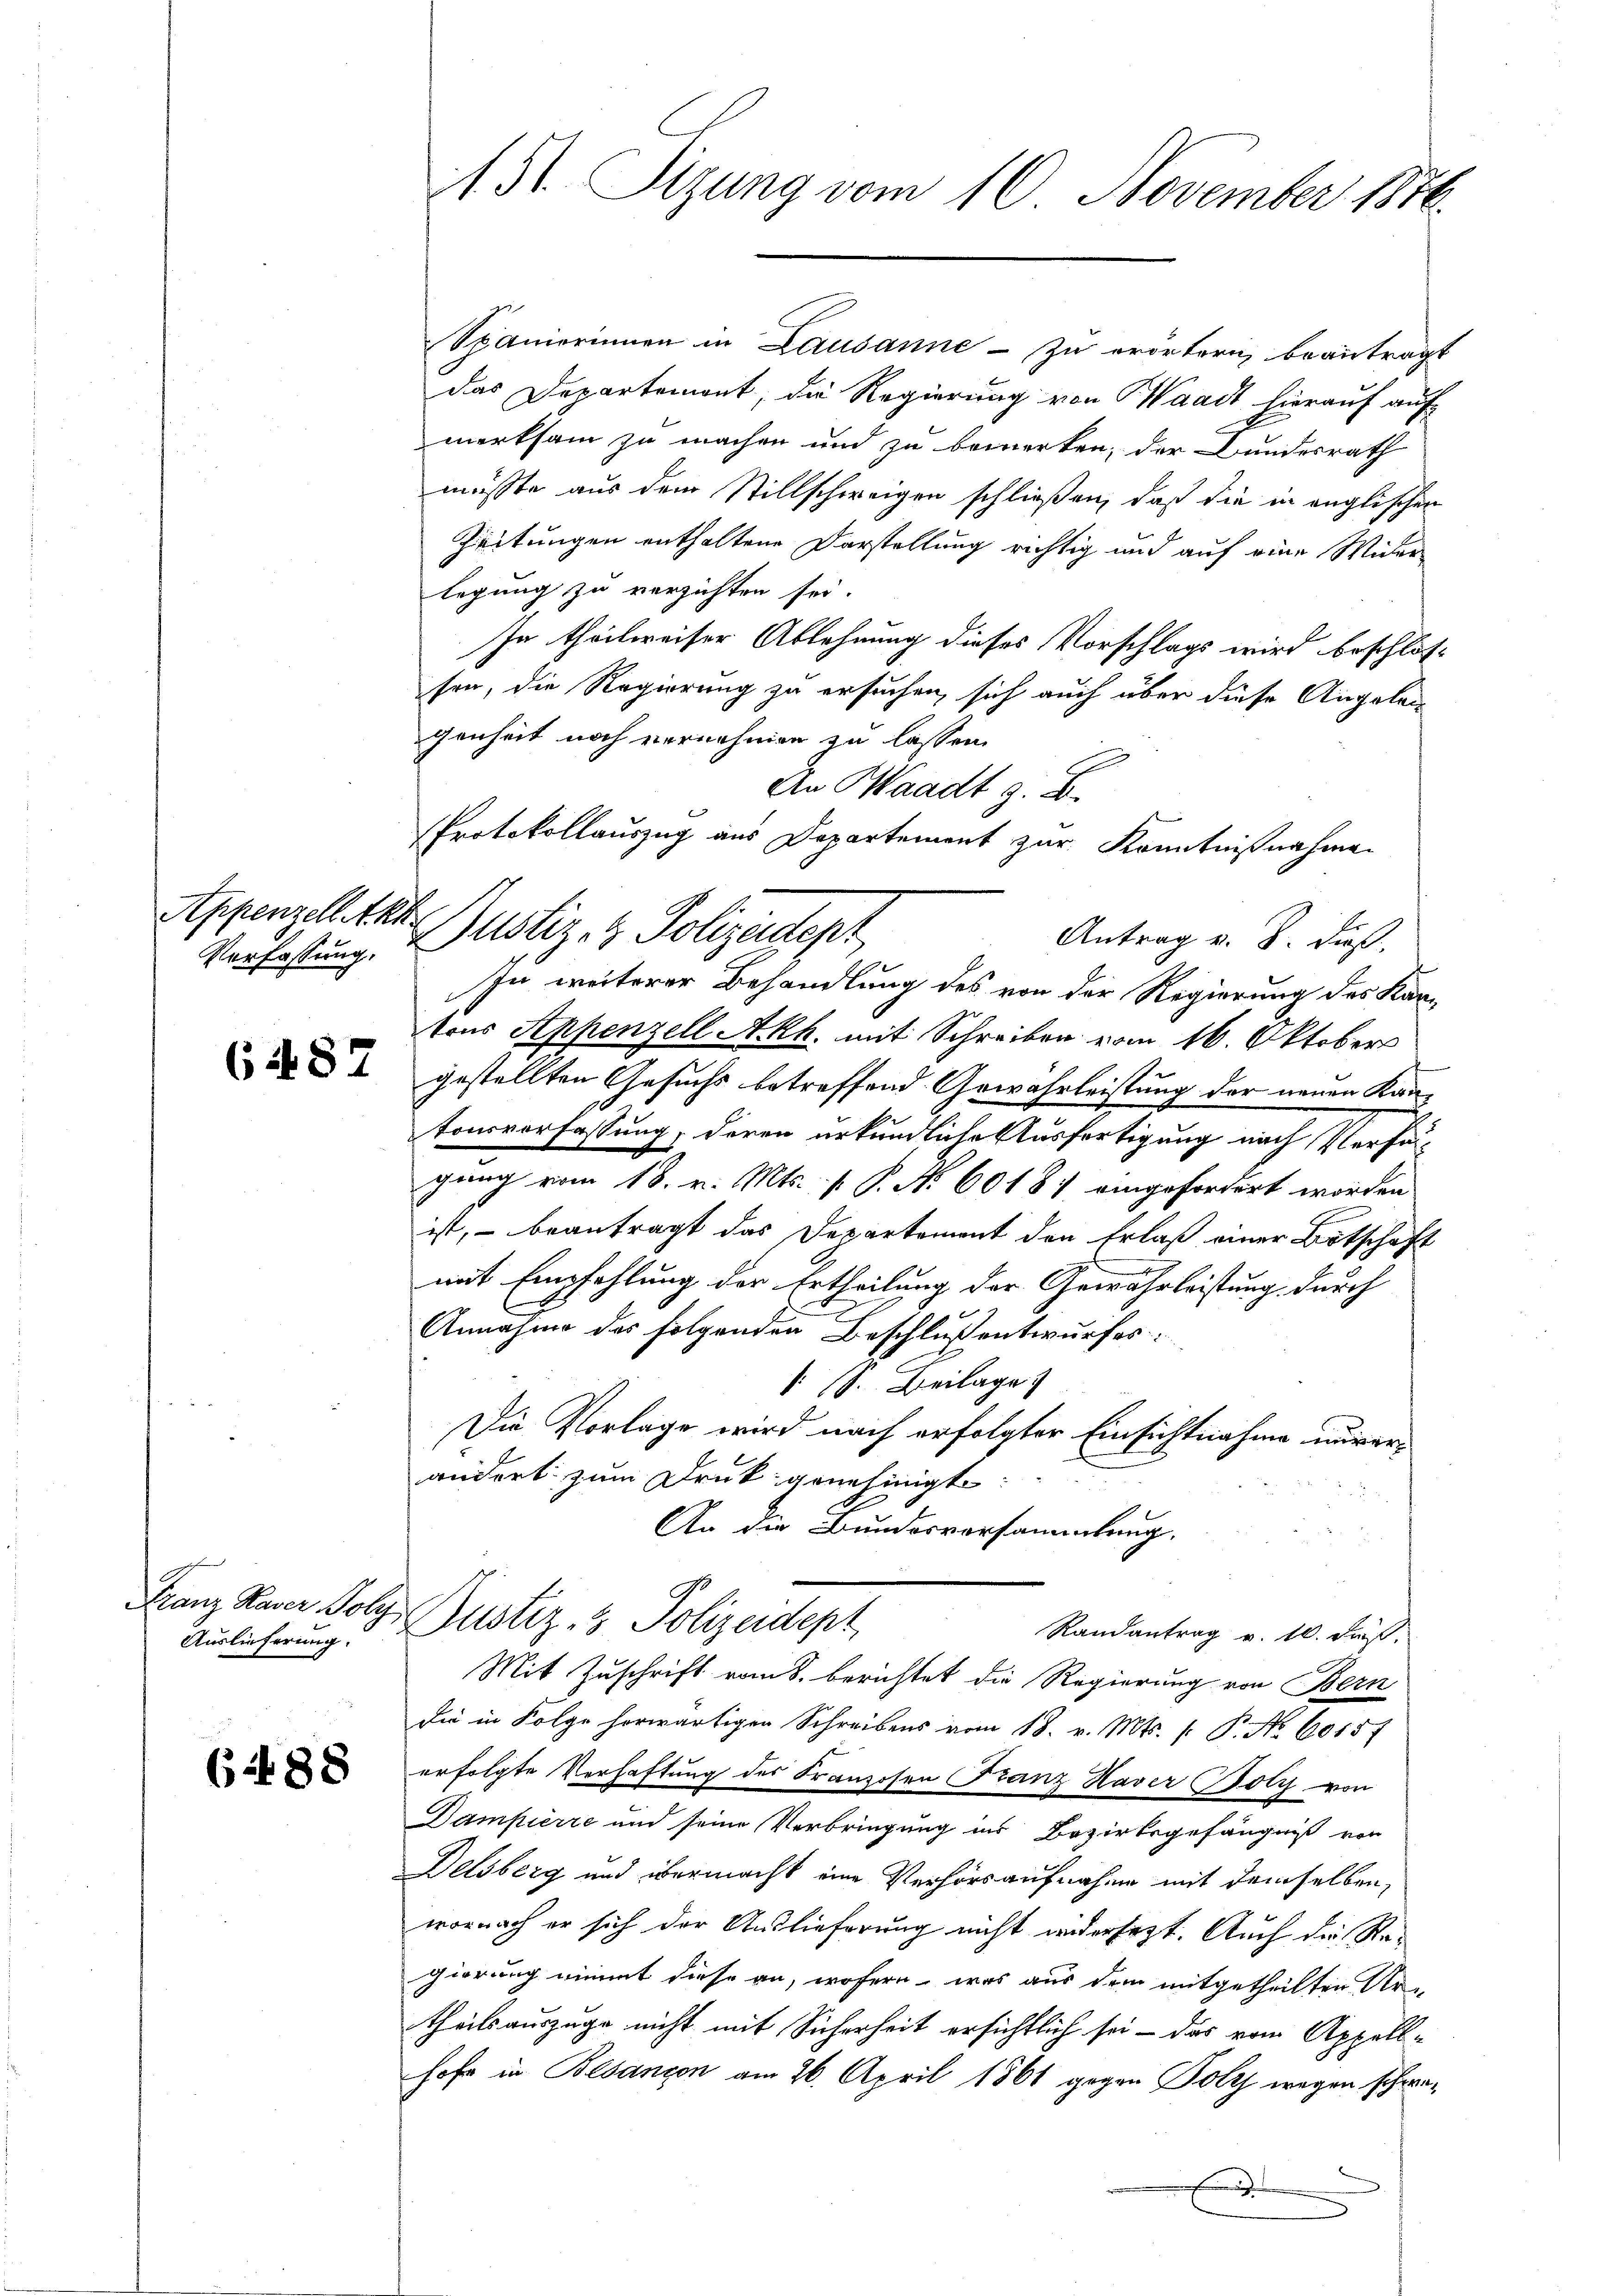
Verfassung.

6 487

Auslieferung.

(488

St. Sizung vom 16. November 1816.

Protokollauszug aus Departement zur Kenntnißnahmen
Appenzell tat. Justiz- & Polizeidept

Spanierinnen in Lausanne - zu erörtern, beantragt
das Departemont, die Regierung von Waadt hierauf auf
merksam zu machen und zu bemerken, der Bundesrath
müsste aus dem Stillschweigen schließen, daß die in englischen
Zeitungen enthaltene Darstellung richtig und auf eine Wider
legung zu verzichten sei.
In theilweiser Ablehnung dieses Vorschlags wird beschlos-
sen, die Regierung zu ersuchen, sich auch über diese Angelei-
genheit noch vernehmen zu lassen.
An Waadt z. B.
Antrag v. J. dieß.
In weiterer Behandlung des von der Regierung des Kar-
tons Appenzell Akh. mit Schreiben vom 16. Oktobers
gestellten Gesuchs betreffend Gewährleistung der neuen Kantonsvorfassung, deren urkundliche Ausfertigung nach Verfü-
gung vom 18. v. Mts. f. P. No 60181 eingefordert worden
ist, – beantragt das Departement den Erlaß einer Botschaft
mit Empfehlung der Ertheilung der Gewährleistung durch
Annahme des folgenden Beschluß entwurfes
. s. Beilage
Die Vorlage wird nach erfolgter Einsichtnahme unverändert zum Druk genehmigt.
An die Bundesvorsammlung.
Franz Paur Folge Zustiz- & Polizeidept
Randantrag v. 10. dieß,
Mit Zuschrift vom 8. berichtet die Regierung von Bern
Die in Folge herwärtigen Schreibens vom 18. v. Mts. f. P. Nr. 60157
erfolgte Verhaftung des Franzosen Franz Haver Holz von
Dampierre und seine Verbringung ins Bezirksgefängniß von
Delsberg und übermacht eine Verhörsaufnahme mit demselben,
wornach er sich der Auslieferung nicht widersezt. Auch die Regierung nimmt diese an, wofern, was aus dem mitgetheilten Ur-
theilsauszüge nicht mit Sicherheit ersichtlich sei - das vom Appell-
hofe in Besanzen am 26. April 1861 gegen Polz wegen schwe¬
.